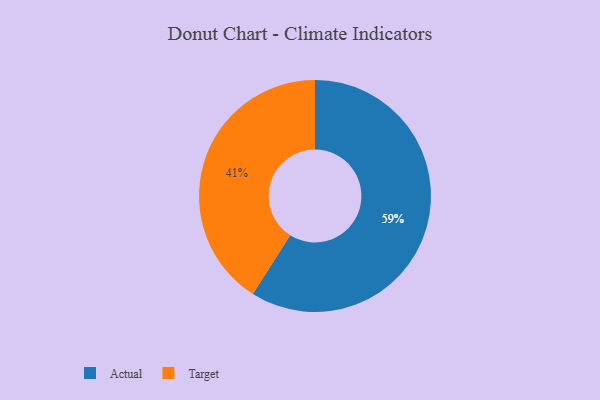
{"axis": {"x": "Category", "y": "Percentage"}, "legend": ["Actual", "Target"], "data": [{"x": "Target", "y": 41, "type": "Target"}, {"x": "Actual", "y": 59, "type": "Actual"}]}